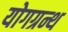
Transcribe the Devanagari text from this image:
योगग्रन्थ